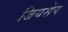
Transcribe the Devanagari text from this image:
जियसेप